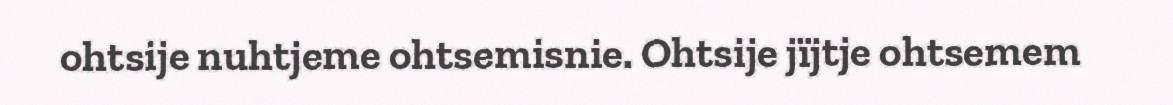
ohtsije nuhtjeme ohtsemisnie. Ohtsije jïjtje ohtsemem